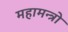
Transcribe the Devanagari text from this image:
महामन्त्रो